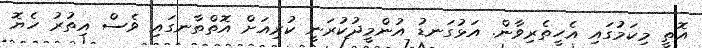
އޮތީ މިކަމުގައި އެހީތެރިވާން. އަޅުގަނޑު އުންމީދުކުރަނީ ކުރިއަށް އޮތްތާނގައި ވެސް އިތުރު ހެޔޮ